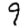
Digit: 9